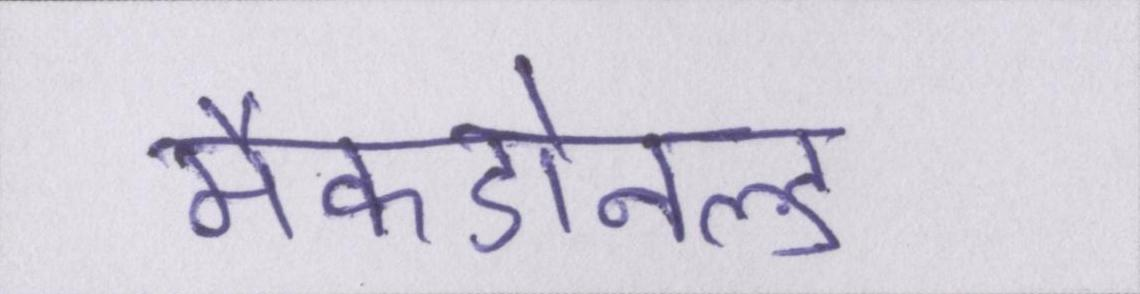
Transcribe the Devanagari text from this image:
मैकडोनल्ड